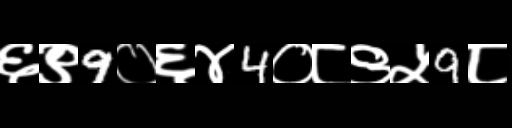
Text: ६९9०६४4०८९५9८